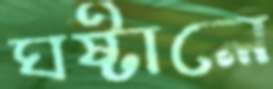
ঘষ্‌টালে